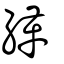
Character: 緙